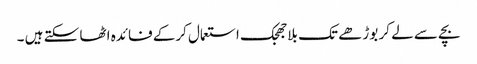
بچے سے لے کر بوڑھے تک بلاجھجک استعمال کرکے فائدہ اٹھا سکتے ہیں ۔